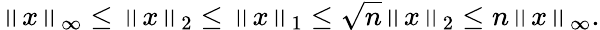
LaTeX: \left\| x\right\| _{\infty}\leq\left\| x\right\| _{2}\leq\left\| x\right\| _{1}\leq{\sqrt{n}}\left\| x\right\| _{2}\leq n\left\| x\right\| _{\infty}.